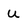
Character: U